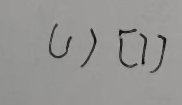
( 1 ) [ 7 ]